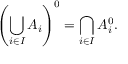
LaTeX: \left( \bigcup _ { i \in I } A _ { i } \right) ^ { 0 } = \bigcap _ { i \in I } A _ { i } ^ { 0 } .